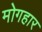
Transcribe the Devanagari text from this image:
मोगहार